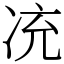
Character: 㓍